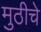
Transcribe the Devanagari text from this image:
मुठीचे